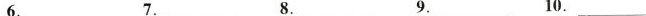
6.___7.___8.___9.___10.___